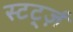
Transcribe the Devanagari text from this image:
स्टर्ट्ज़